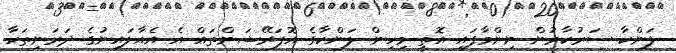
ލަންކާ ސަރުކާރުން ނިންމާފައި އޮތީ މިހިން ލަންކާގެ އޮޕަރޭޝަންތައް އެ އެއާލައިނުގެ ދަރަނިތަކާ